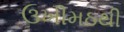
ઉખીમઠથી